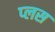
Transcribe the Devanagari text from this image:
प्‍लस